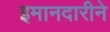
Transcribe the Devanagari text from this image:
इमानदारीने